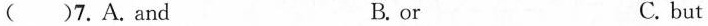
( )7. A. and B. or C. but